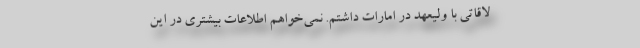
لاقاتی با ولیعهد در امارات داشتم. نمی‌خواهم اطلاعات بیشتری در این